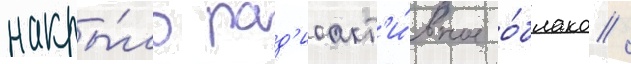
накры́ло рад'иоакт'и́вное о́блако /